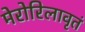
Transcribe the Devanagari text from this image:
मेरोरिलावृतं